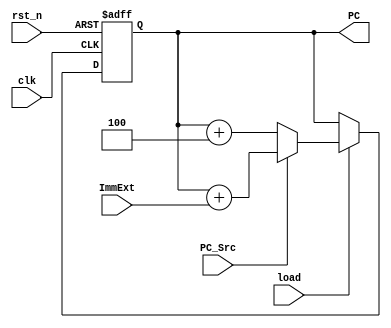
module Program_counter(PC_Src,load,clk,rst_n,PC,ImmExt);
input clk,rst_n,load,PC_Src;
input[31:0] ImmExt;
output reg[31:0] PC;
//reg [31:0]ImmExt;
reg [31:0]PC_next;

always @(posedge clk or negedge rst_n)begin
	if(~rst_n) PC<='b0;
	else if(load) PC<=PC_next;
end

always @(*) begin
if(PC_Src==1) PC_next=PC+ImmExt;
else       PC_next=PC+4;

end
endmodule